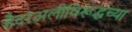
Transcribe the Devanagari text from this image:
हैदरअलीविरूद्धच्या